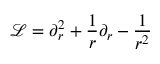
\mathcal { L } = \partial _ { r } ^ { 2 } + \frac { 1 } { r } \partial _ { r } - \frac { 1 } { r ^ { 2 } }